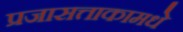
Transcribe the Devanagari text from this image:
प्रजासत्ताकामधे